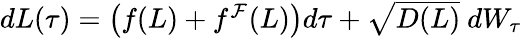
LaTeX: \begin{array}{r}{dL(\tau)=\left(f(L)+f^{\mathcal{F}}(L)\right)d\tau+\sqrt{D(L)}\ dW_{\tau}}\end{array}